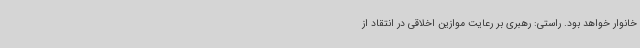
خانوار خواهد بود. راستی: رهبری بر رعایت موازین اخلاقی در انتقاد از